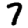
Digit: 7